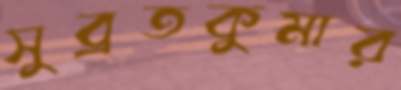
সুব্রতকুমার